Insane asylums in Bengal annual reports 1867-1875 - 1867-1875
Year: 1867
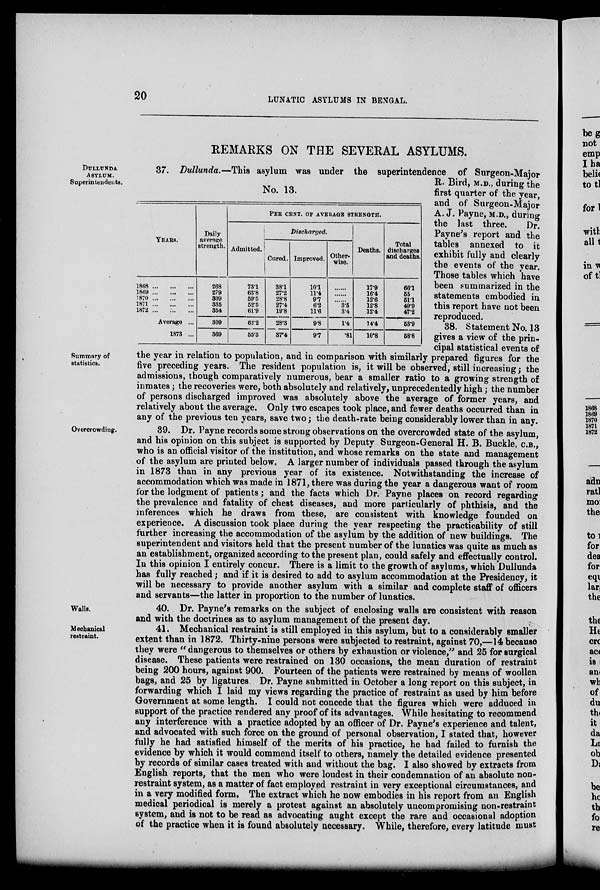
20
LUNATIC ASYLUMS IN BENGAL.
REMARKS ON THE SEVERAL ASYLUMS.
DULLUNDA
ASYLUM.
Superintendents.
No. 13.
YEARS.
1868
...
...
...
1869
...
...
...
1870
...
...
...
1871
...
...
...
1872
...
...
...
Average ...
1873 ...
Daily
average
strength.
268
279
309
335
354
309
369
PER CENT. OF AVERAGE STRENGH.
Admitted.
73.1
63.8
59.5
52.5
61.9
62.2
55.3
Discharged.
Cured.
38.1
27.2
28.8
27.4
19.8
28.3
37.4
Improved.
10.1
11.4
9.7
6.2
11.6
9.8
9.7
Other-
wise.
......
......
......
3.5
3.4
1.4
.81
Deaths.
17.9
16.4
12.6
12.8
12.4
14.4
10.8
Total
discharges
and deaths.
66.1
55
51.1
49.9
47.2
53.9
58.8
37. Dullunda.—This asylum was under the superintendence of Surgeon-Major
R. Bird, M.D., during the
first quarter of the year,
and of Surgeon-Major
A. J. Payne, M.D., during
the last three.
Dr.
Payne's report and the
tables annexed to it
exhibit fully and clearly
the events of the year.
Those tables which have
been summarized in the
statements embodied in
this report have not been
reproduced.
Summary of
statistics.
38. Statement No. 13
gives a view of the prin-
cipal statistical events of
the year in relation to population, and in comparison with similarly prepared figures for the
five preceding years. The resident population is, it will be observed, still increasing ; the
admissions, though comparatively numerous, bear a smaller ratio to a growing strength of
inmates; the recoveries were, both absolutely and relatively, unprecedentedly high; the number
of persons discharged improved was absolutely above the average of former years, and
relatively about the average. Only two escapes took place, and fewer deaths occurred than in
any of the previous ten years, save two; the death-rate being considerably lower than in any.
Overcrowding.
39. Dr. Payne records some strong observations on the overcrowded state of the asylum,
and his opinion on this subject is supported by Deputy Surgeon-General H. B. Buckle, C.B.,
who is an official visitor of the institution, and whose remarks on the state and management
of the asylum are printed below. A larger number of individuals passed through the asylum
in 1873 than in any previous year of its existence. Notwithstanding the increase of
accommodation which was made in 1871, there was during the year a dangerous want of room
for the lodgment of patients; and the facts which Dr. Payne places on record regarding
the prevalence and fatality of chest diseases, and more particularly of phthisis, and the
inferences which he draws from these, are consistent with knowledge founded on
experience. A discussion took place during the year respecting the practicability of still
further increasing the accommodation of the asylum by the addition of new buildings. The
superintendent and visitors held that the present number of the lunatics was quite as much as
an establishment, organized according to the present plan, could safely and effectually control.
In this opinion I entirely concur. There is a limit to the growth of asylums, which Dullunda
has fully reached; and if it is desired to add to asylum accommodation at the Presidency, it
will be necessary to provide another asylum with a similar and complete staff of officers
and servants—the latter in proportion to the number of lunatics.
Walls.
40. Dr. Payne's remarks on the subject of enclosing walls are consistent with reason
and with the doctrines as to asylum management of the present day.
Mechanical
restraint.
41. Mechanical restraint is still employed in this asylum, but to a considerably smaller
extent than in 1872. Thirty-nine persons were subjected to restraint, against 70,—14 because
they were " dangerous to themselves or others by exhaustion or violence," and 25 for surgical
disease. These patients were restrained on 130 occasions, the mean duration of restraint
being 200 hours, against 900. Fourteen of the patients were restrained by means of woollen
bags, and 25 by ligatures. Dr. Payne submitted in October a long report on this subject, in
forwarding which I laid my views regarding the practice of restraint as used by him before
Government at some length. I could not concede that the figures which were adduced in
support of the practice rendered any proof of its advantages. While hesitating to recommend
any interference with a practice adopted by an officer of Dr. Payne's experience and talent,
and advocated with such force on the ground of personal observation, I stated that, however
fully he had satisfied himself of the merits of his practice, he had failed to furnish the
evidence by which it would commend itself to others, namely the detailed evidence presented
by records of similar cases treated with and without the bag. I also showed by extracts from
English reports, that the men who were loudest in their condemnation of an absolute non-
restraint system, as a matter of fact employed restraint in very exceptional circumstances, and
in a very modified form. The extract which he now embodies in his report from an English
medical periodical is merely a protest against an absolutely uncompromising non-restraint
system, and is not to be read as advocating aught except the rare and occasional adoption
of the practice when it is found absolutely necessary. While, therefore, every latitude must